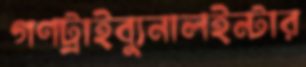
গণট্রাইব্যুনালইন্টার